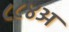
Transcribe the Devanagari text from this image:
८८४अ